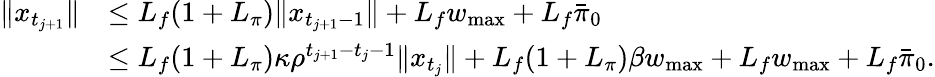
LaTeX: \begin{array}{rl}{\| x_{t_{j+1}}\| }&{\leq L_{f}(1+L_{\pi})\| x_{t_{j+1}-1}\| +L_{f}w_{\operatorname*{max}}+L_{f}\bar{\pi}_{0}}\\ &{\leq L_{f}(1+L_{\pi})\kappa\rho^{t_{j+1}-t_{j}-1}\| x_{t_{j}}\| +L_{f}(1+L_{\pi})\beta w_{\operatorname*{max}}+L_{f}w_{\operatorname*{max}}+L_{f}\bar{\pi}_{0}.}\end{array}